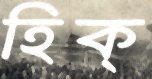
হিক্